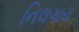
નિલગાય